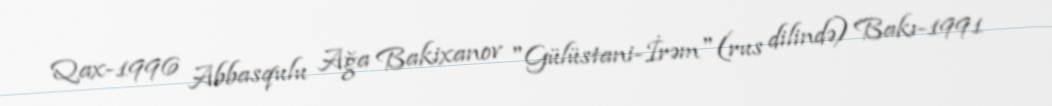
Qax-1996 Abbasqulu Ağa Bakixanov "Gülüstani-İrəm"(rus dilində) Bakı-1991